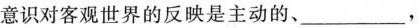
自觉意识对客观世界的反映是主动的、___，